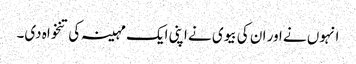
انہوں نے اور ان کی بیوی نے اپنی ایک مہینہ کی تنخواہ دی۔